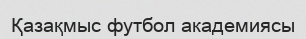
Қазақмыс футбол академиясы